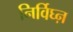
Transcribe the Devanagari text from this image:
निर्विघ्ऩ